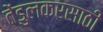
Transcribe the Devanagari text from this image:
तेंडुलकरसाठी